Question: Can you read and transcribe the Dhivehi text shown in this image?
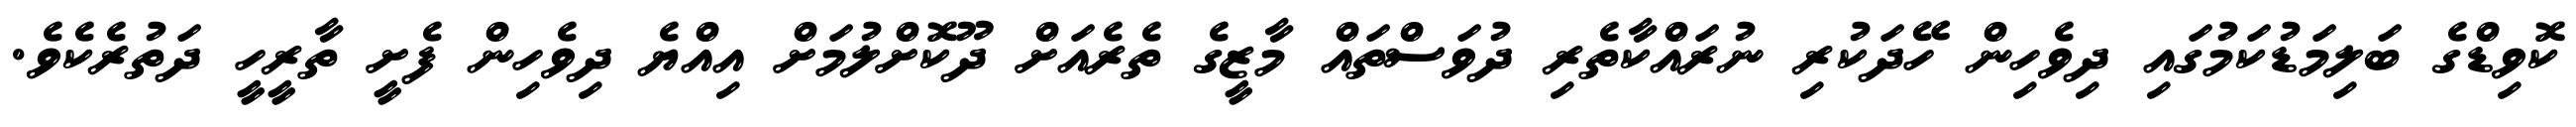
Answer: ކޮވިޑްގެ ބަލިމަޑުކަމުގައި ދިވެހިން ހޭދަކުރި ނުރައްކާތެރި ދުވަސްތައް މާޒީގެ ތެރެއަށް ދޫކޮށްލުމަށް އިއްޔެ ދިވެހިން ފެށީ ތާރީހީ ދަތުރެކެވެ.